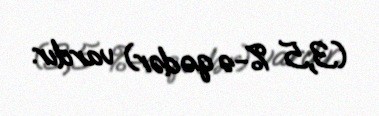
(3,5 %-ə qədər) vardır.